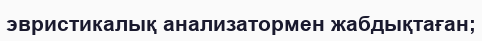
эвристикалық анализатормен жабдықтаған;